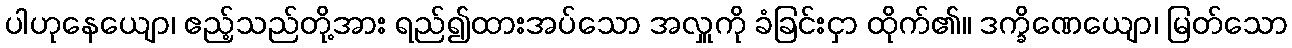
ပါဟုနေယျော၊ ဧည့်သည်တို့အား ရည်၍ထားအပ်သော အလှူကို ခံခြင်းငှာ ထိုက်၏။ ဒက္ခိဏေယျော၊ မြတ်သော